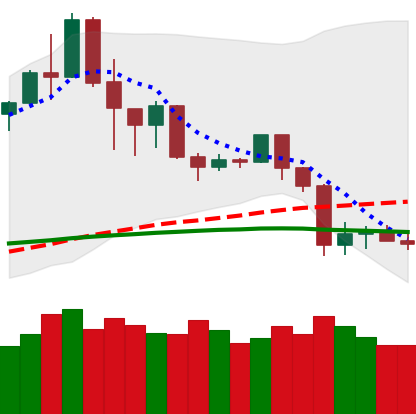
Ticker: TRX-USD
Chart end date: 2020-03-01
Forward return: 10.528%
Label: up_7plus